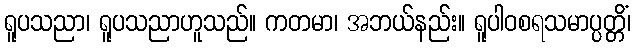
ရူပသညာ၊ ရူပသညာဟူသည်။ ကတမာ၊ အဘယ်နည်း။ ရူပါဝစရသမာပ္ပတ္တိံ၊